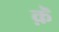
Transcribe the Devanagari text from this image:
क़ॆ